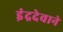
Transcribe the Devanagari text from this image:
इंद्रदेवाने